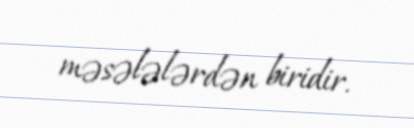
məsələlərdən biridir.